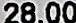
28.00